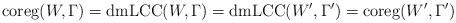
LaTeX: \begin{align*}\mathrm{coreg}(W,\Gamma)=\mathrm{dmLCC}(W,\Gamma)=\mathrm{dmLCC}(W',\Gamma')=\mathrm{coreg}(W',\Gamma')\end{align*}